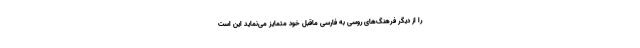
را از دیگر فرهنگ‌های روسی به فارسی ماقبل خود متمایز می‌نماید این است